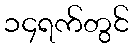
၁၄ရက်တွင်